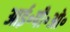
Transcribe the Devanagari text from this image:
आई॰पी॰ओ॰